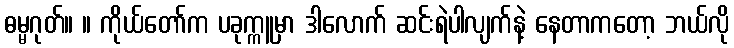
ဓမ္မဂုတ်။ ။ ကိုယ်တော်က ပခုက္ကူမှာ ဒါလောက် ဆင်းရဲပါလျက်နဲ့ နေတာကတော့ ဘယ်လို